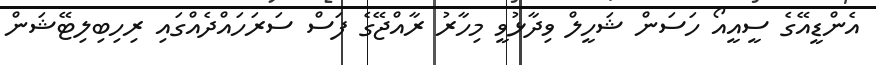
އެންޑީއޭގެ ސީއީއޯ ހަސަން ޝަހީލް ވިދާޅުވީ މިހާރު ރާއްޖޭގެ ފަސް ސަރަހައްދެއްގައި ރިހިބިލިޓޭޝަން